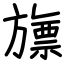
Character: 旚